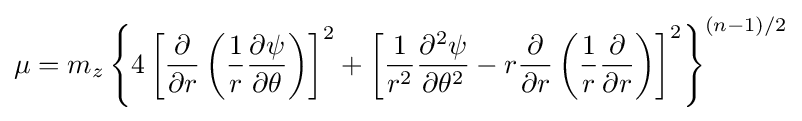
\mu =m_{z}\left\{4\left[{\frac {\partial }{\partial r}}\left({\frac {1}{r}}{\frac {\partial \psi }{\partial \theta }}\right)\right]^{2}+\left[{\frac {1}{r^{2}}}{\frac {\partial ^{2}\psi }{\partial \theta ^{2}}}-r{\frac {\partial }{\partial r}}\left({\frac {1}{r}}{\frac {\partial }{\partial r}}\right)\right]^{2}\right\}^{(n-1)/2}